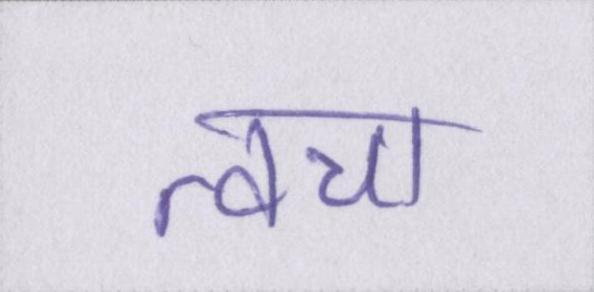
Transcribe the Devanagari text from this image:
त्वचा